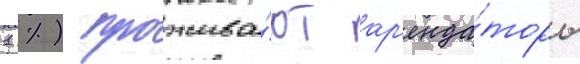
1 %) прожива́ют ар'енда́торы